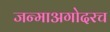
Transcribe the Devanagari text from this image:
जन्माअगोदरच